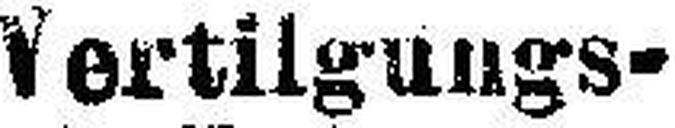
Vertilgungs-